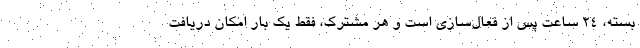
بسته، ۲۴ ساعت پس از فعال‌سازی است و هر مشترک، فقط یک بار امکان دریافت